system: You are a helpful assistant.
user:
Analyze the provided spectrum to determine if it is a **S-type Star**.

- **Key Indicators for S-type Star:**

    - **(Overall Spectrum Shape):** The first and most obvious characteristic is the overall continuum (the "baseline" shape). It is **extremely "red-sloping,"** meaning the flux (light intensity) is very low on the left side (blue, ~4000-4500 Å) and rises steeply and continuously toward the right side (red, ~7000 Å+).

    - **(Primary):** The spectrum is defined by the presence of strong, broad molecular absorption "valleys" (bands) from **Zirconium Oxide (ZrO)**. The identification of these bands is the **primary requirement** for classifying a star as S-type.
        - **(Key Bandheads):** You must find distinct, deep "dips" where the light has been absorbed. The most critical band systems to locate are:
            - **~6474 Å** ($\gamma$-system): This is often the strongest and clearest ZrO feature, found in the red part of the spectrum.
            - **~5718 Å** & **~5551 Å** ($\beta$-system): A pair of prominent absorption features in the yellow-orange part of the spectrum.
            - **~4640 Å** ($\alpha$-system): A key absorption band system in the blue-green region of the spectrum.

    - **(Secondary Confirmation):** The classification is strengthened by finding additional absorption bands from other related heavy element oxides, which are expected to be present alongside ZrO.
        - **(Key Bandheads):**
            - **Yttrium Oxide (YO):** Look for absorption dips near **~4800 Å** and **~6100 Å**.
            - **Lanthanum Oxide (LaO):** Additional absorption features, particularly in the red-orange part of the spectrum, are also characteristic.

    - **(Line Profile):** The combination of the steep red continuum and these numerous, deep molecular bands (ZrO, YO, etc.) gives the entire spectrum a very **"chopped-up"** or **"bumpy"** appearance. Instead of a smooth curve, the spectrum looks as though large, wide chunks of light have been "carved out" of it at the specific wavelengths listed above.

Think first, call **spectral_visualization_tool** if needed to examine features in detail, then provide your final answer. Your response must adhere to the following strict rules:
1.  **Overall Structure:** Your response must follow the format `<think>...</think> <tool_call>...</tool_call> (if a tool is used) <answer>...</answer>`.
2.  **Tool Usage Constraint:** You may only make **one** tool call per turn.
3.  **Final Answer Format:** In the `<answer>` tag, your conclusion must be inside a `\boxed{}` command (e.g., `\boxed{YES}` or `\boxed{NO}`), followed by your justification.

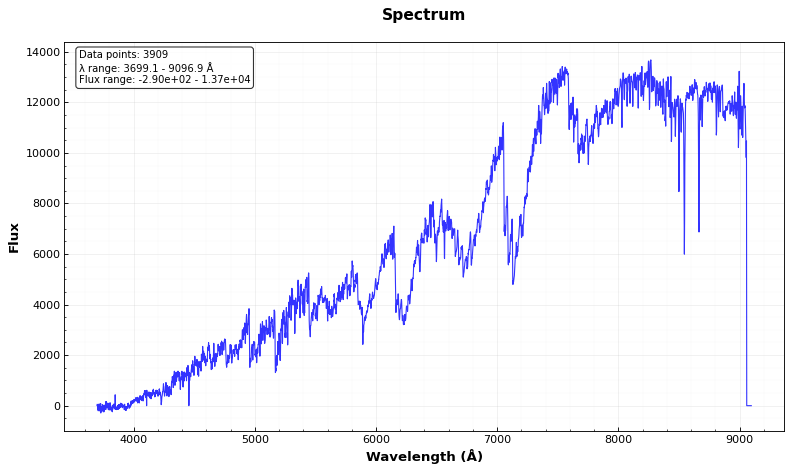
Answer: YES